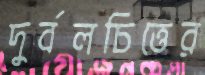
দুর্বলচিত্তের